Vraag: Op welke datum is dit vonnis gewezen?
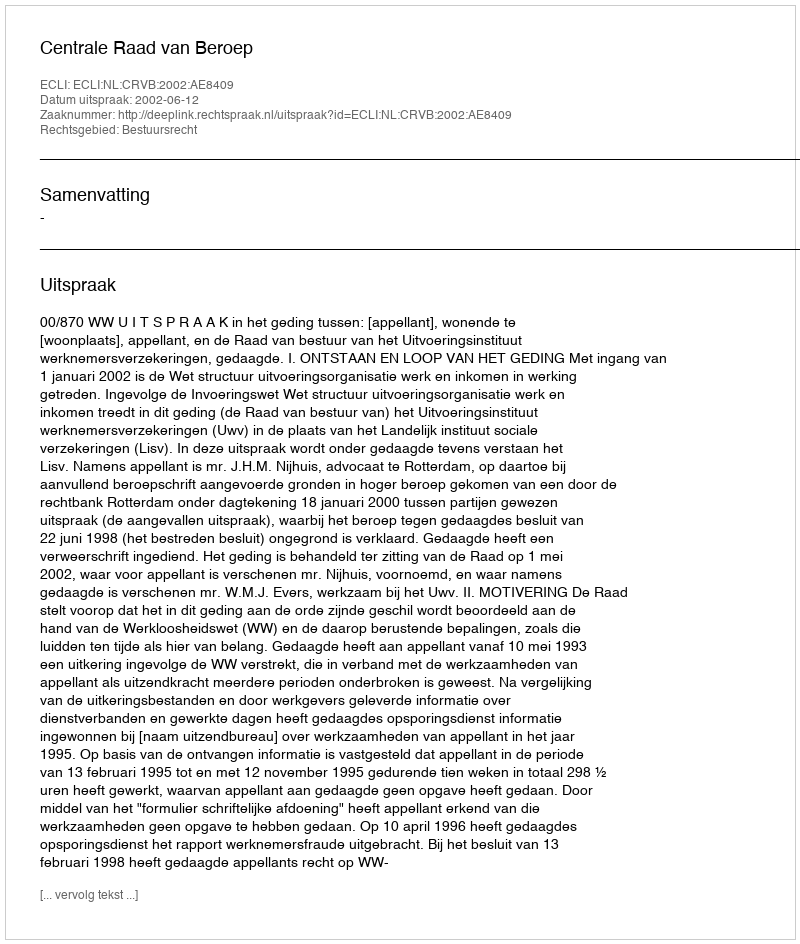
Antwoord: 2002-06-12